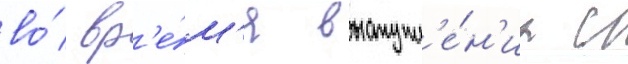
во́ вр'е́м'я выступл'е́н'иа с